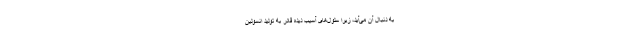
به دنبال آن می‌آید، زیرا سلول‌های آسیب دیده قادر به تولید انسولین